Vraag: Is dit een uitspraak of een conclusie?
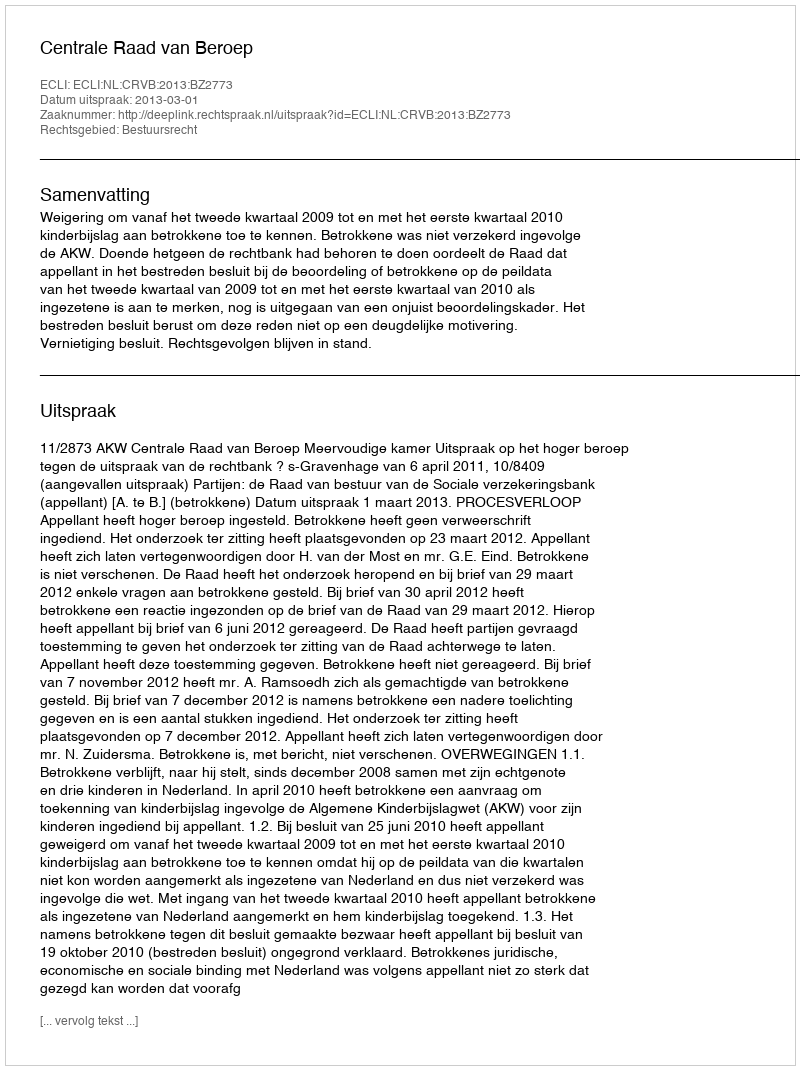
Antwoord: Uitspraak